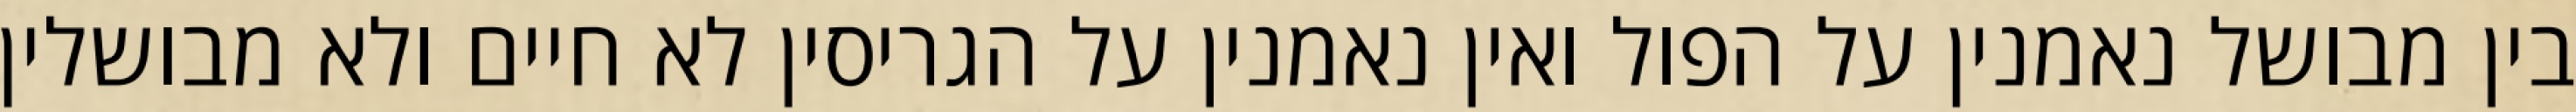
בין מבושל נאמנין על הפול ואין נאמנין על הגריסין לא חיים ולא מבושלין